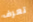
تعرف